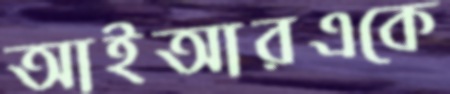
আইআরএকে